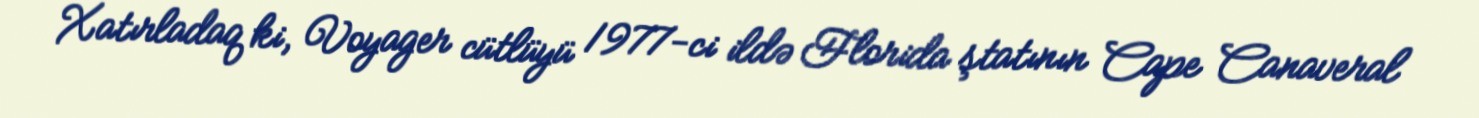
Xatırladaq ki, Voyager cütlüyü 1977-ci ildə Florida ştatının Cape Canaveral